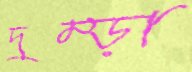
দুম্‌ড়া